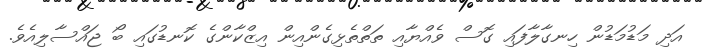
އަދި މަޑުމަޑުން ހިނގާލާފައި ގޮސް ވެއްޔާއި ތަތްތެޅިގެންއިން އިޒްކާންގެ ކޮނޑުގައި ބޯ ޖައްސާލިއެވެ.